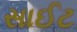
સાઈટ